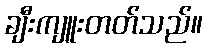
ချီးကျူးတတ်သည်။